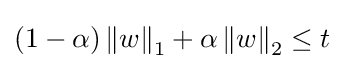
(1-\alpha )\left\|w\right\|_{1}+\alpha \left\|w\right\|_{2}\leq t